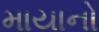
માયાનો